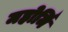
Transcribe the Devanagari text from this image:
महोर्मि